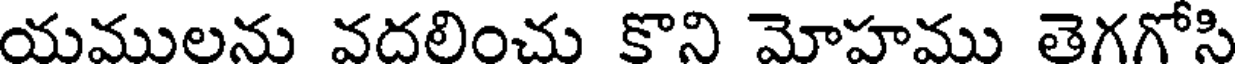
యములను వదలించు కొని మోహము తెగగోసి